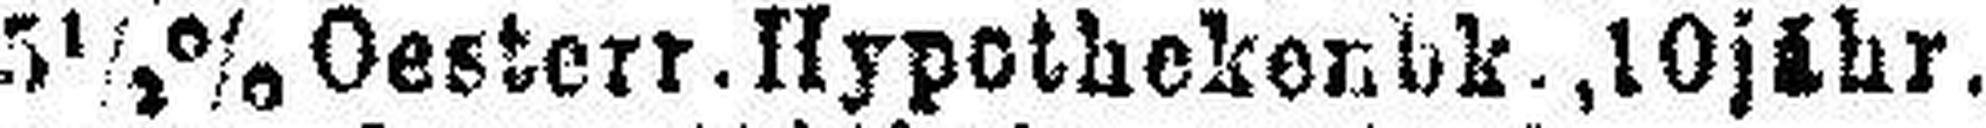
5½% Oesterr. Hypothekenbk., 10jähr.